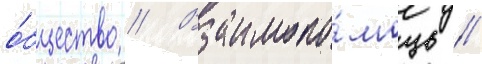
о́бщество // Взаимопо́мощь //